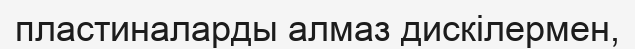
пластиналарды алмаз дискілермен,